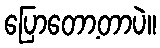
ပြောတော့တာပဲ။